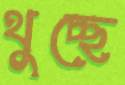
থুচ্ছে